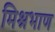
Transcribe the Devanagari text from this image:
मिश्रभाण